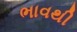
ભાવથી